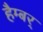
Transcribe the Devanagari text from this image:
हैम्बर्